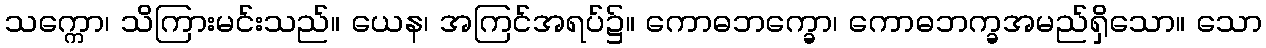
သက္ကော၊ သိကြားမင်းသည်။ ယေန၊ အကြင်အရပ်၌။ ကောဓဘက္ခော၊ ကောဓဘက္ခအမည်ရှိသော။ သော